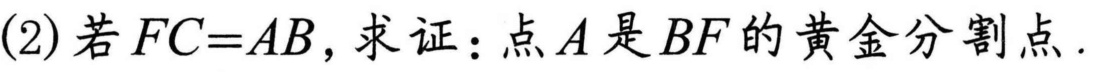
(2)若\(FC = AB\)，求证：点\(A\)是\(BF\)的黄金分割点.